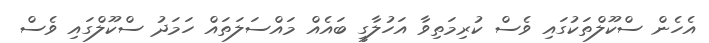
އެހެން ސްކޫލްތަކުގައި ވެސް ކުރިމަތިވާ އަހުލާގީ ބައެއް މައްސަލަތައް ހަމަދު ސްކޫލްގައި ވެސް